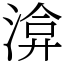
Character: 渰